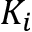
K _ { i }